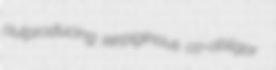
outproducing serpiginous co-obligor